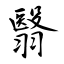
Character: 翳